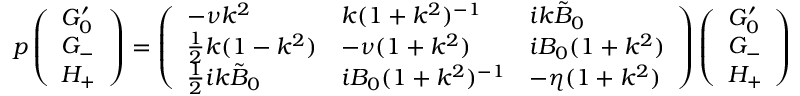
p \left( \begin{array} { l } { G _ { 0 } ^ { \prime } } \\ { G _ { - } } \\ { H _ { + } } \end{array} \right) = \left( \begin{array} { l l l } { - \nu k ^ { 2 } } & { k ( 1 + k ^ { 2 } ) ^ { - 1 } } & { i k \tilde { B } _ { 0 } } \\ { \frac { 1 } { 2 } k ( 1 - k ^ { 2 } ) } & { - \nu ( 1 + k ^ { 2 } ) } & { i B _ { 0 } ( 1 + k ^ { 2 } ) } \\ { \frac { 1 } { 2 } i k \tilde { B } _ { 0 } } & { i B _ { 0 } ( 1 + k ^ { 2 } ) ^ { - 1 } } & { - \eta ( 1 + k ^ { 2 } ) } \end{array} \right) \left( \begin{array} { l } { G _ { 0 } ^ { \prime } } \\ { G _ { - } } \\ { H _ { + } } \end{array} \right)